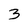
Character: 3